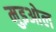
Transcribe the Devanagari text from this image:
मुइओल